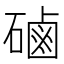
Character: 磠